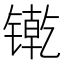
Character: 𲈕